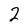
Character: 2